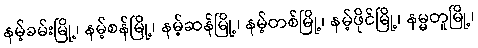
နမ့်ခမ်းမြို့၊ နမ့်စန်မြို့၊ နမ့်ဆန်မြို့၊ နမ့်တစ်မြို့၊ နမ့်ဖိုင်မြို့၊ နမ္မတူမြို့၊